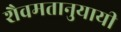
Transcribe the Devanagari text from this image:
शैवमतानुयायी